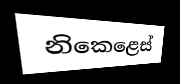
නිකෙළෙස්